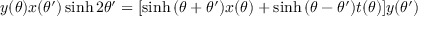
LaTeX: y ( \theta ) x ( \theta ^ { \prime } ) \sinh 2 \theta ^ { \prime } = [ \sinh { ( \theta + \theta ^ { \prime } ) } x ( \theta ) + \sinh { ( \theta - \theta ^ { \prime } ) } t ( \theta ) ] y ( \theta ^ { \prime } )